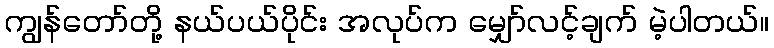
ကျွန်တော်တို့ နယ်ပယ်ပိုင်း အလုပ်က မျှော်လင့်ချက် မဲ့ပါတယ်။